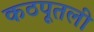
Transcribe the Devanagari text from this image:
कठपूतली